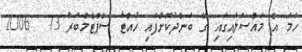
ހަމަ އެ މައްސަލައިގައި ގޭ ބަންދުކޮށްފައި ހުއްޓާ ސެޕްޓެމްބަރު 13  2006